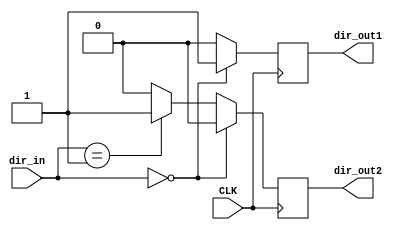
`timescale 1ns / 1ps
//////////////////////////////////////////////////////////////////////////////////
// Company: 
// Engineer: 
// 
// Design Name: 
// Module Name: direction
// Project Name: 
// Target Devices: 
// Tool Versions: 
// Description: 
// 
// Dependencies: 
// 
// Revision:
// Revision 0.01 - File Created
// Additional Comments:
// 
//////////////////////////////////////////////////////////////////////////////////


module direction(
    input CLK,
    input [1:0] dir_in,
    output reg dir_out1,
    output reg dir_out2
    );
always@(posedge CLK)
begin
if(dir_in==2'b00)
    begin
    dir_out1 <= 1'b1;
    dir_out2 <= 1'b0;
    end
else if (dir_in==2'b01)
    begin
    dir_out1 <= 1'b0;
    dir_out2 <= 1'b1;
    end
else
     begin
    dir_out1 <= 1'b0;
    dir_out2 <= 1'b0;
    end
end
endmodule